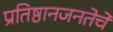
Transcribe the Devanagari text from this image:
प्रतिष्ठानजनतेचे